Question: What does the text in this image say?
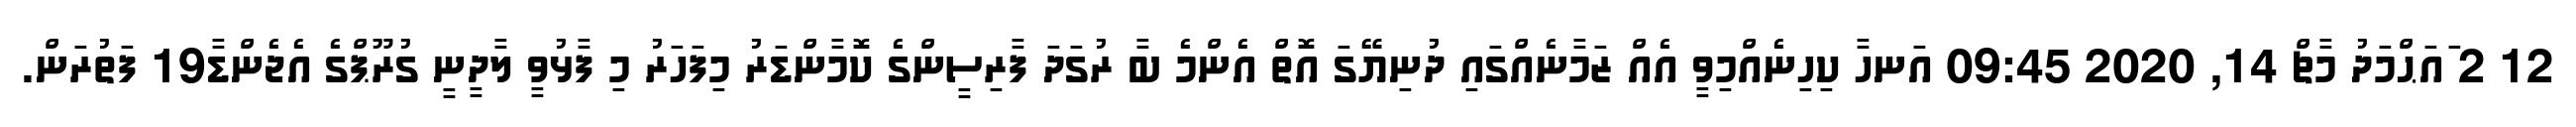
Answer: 12 2 ައަޙްމަދު މާޗް 14, 2020 09:45 އަނހާ ކިހިނެއްމިވީ އެއް ޒަމާނެއްގައި ދުނިޔޭގަ އޮތް އެންމެ ބާ ރުގަދަ ފާރިސީންގެ ކޮމާންޑަރު މިފަހަރު މި ފާޅުވީ ލާދީނީ ގުރޫޕްގެ އެޖެންޑާ19 ފަތުރަން.